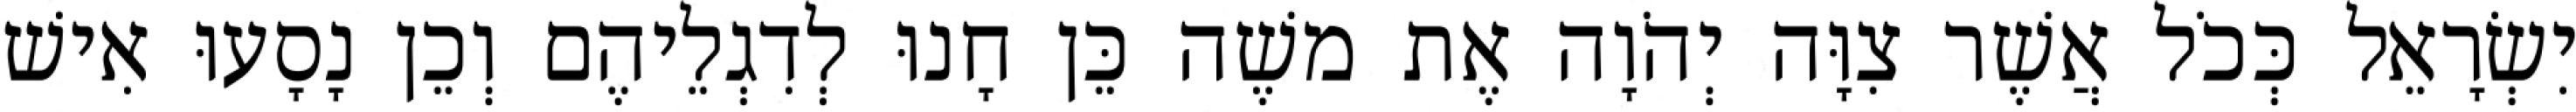
יִשְׂרָאֵל כְּכֹל אֲשֶׁר צִוָּה יְהֹוָה אֶת משֶׁה כֵּן חָנוּ לְדִגְלֵיהֶם וְכֵן נָסָעוּ אִישׁ